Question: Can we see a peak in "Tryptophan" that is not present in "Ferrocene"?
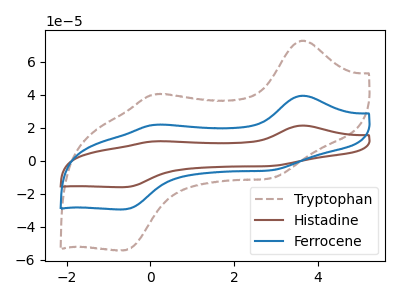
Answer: <think>The brown dashed curve "Tryptophan" has anodic peaks at (3.60V, 72.80uA) (0.10V, 40.30uA) and cathodic peaks at (2.90V, -10.45uA) (-0.65V, -54.25uA). The brown curve "Histadine" has anodic peaks at (3.60V, 78.95uA) (0.10V, 43.70uA) and cathodic peaks at (2.90V, -11.35uA) (-0.65V, -58.80uA). The blue curve "Ferrocene" has anodic peaks at (3.60V, 39.45uA) (0.10V, 21.85uA) and cathodic peaks at (2.90V, -5.65uA) (-0.65V, -29.40uA).
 All the peaks in "Tryptophan" have a peak in "Ferrocene" at the same potential. Every peak in "Tryptophan" is higher than every peak in "Ferrocene".</think>
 <answer>No, "Tryptophan" and "Ferrocene" don't appear to be significantly different in shape</answer>
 <eval>no_change</eval>